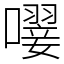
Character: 𡁕